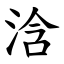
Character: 浛